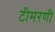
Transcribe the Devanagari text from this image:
टीमरणी